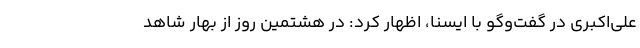
علی‌اکبری در گفت‌وگو با ایسنا، اظهار کرد: در هشتمین روز از بهار شاهد